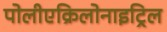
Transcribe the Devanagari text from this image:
पोलीएक्रिलोनाइट्रिल